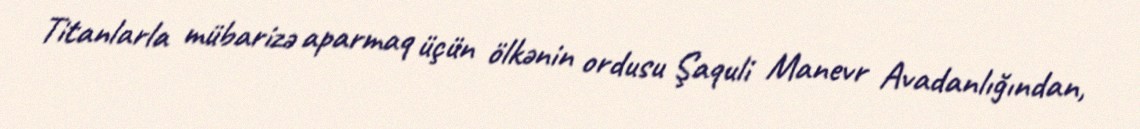
Titanlarla mübarizə aparmaq üçün ölkənin ordusu Şaquli Manevr Avadanlığından,